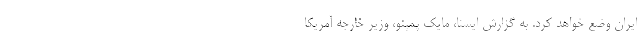
ایران وضع خواهد کرد. به گزارش ایسنا، مایک پمپئو، وزیر خارجه آمریکا